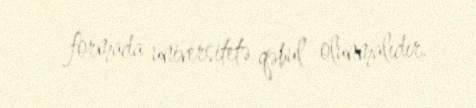
formada universitetə qəbul olunmalıdır.